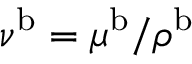
\nu ^ { \mathrm { b } } = \mu ^ { \mathrm { b } } / \rho ^ { \mathrm { b } }